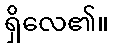
ရှိလေ၏။